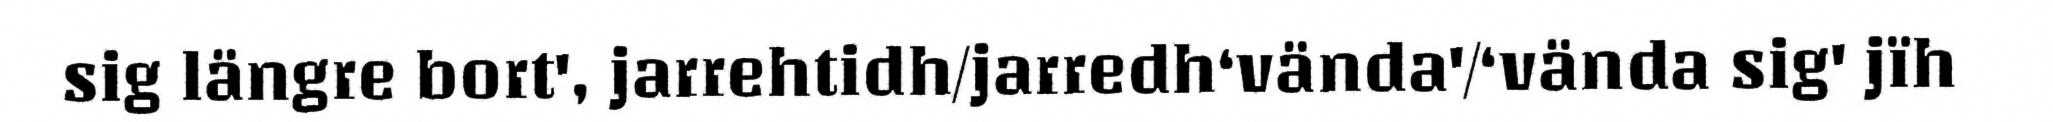
sig längre bort', jarrehtidh/jarredh‘vända'/‘vända sig' jïh